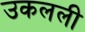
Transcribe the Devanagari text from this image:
उकलली